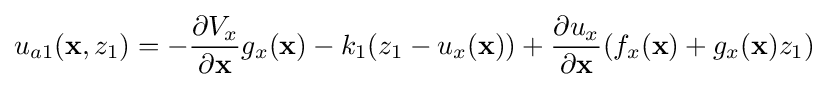
u_{a1}(\mathbf {x} ,z_{1})=-{\frac {\partial V_{x}}{\partial \mathbf {x} }}g_{x}(\mathbf {x} )-k_{1}(z_{1}-u_{x}(\mathbf {x} ))+{\frac {\partial u_{x}}{\partial \mathbf {x} }}(f_{x}(\mathbf {x} )+g_{x}(\mathbf {x} )z_{1})